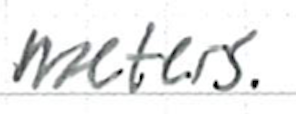
Text: meters.
Cross-out: clean
Writing tool: ballpoint